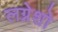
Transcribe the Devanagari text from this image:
लग्नेशो